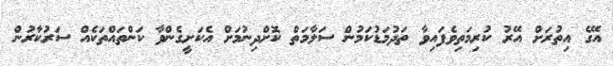
އޭގެ އިތުރަށް އޭރު ކުރިމަތިވެފައިވާ ތަދުމަޑުކަމުން ސަލާމަތް ކޮށްދިނުމަށް އެކަށީގެންވާ ކަންތައްތަކެއް ސަރުކާރުން